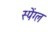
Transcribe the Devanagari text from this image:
स्पेंग्ल